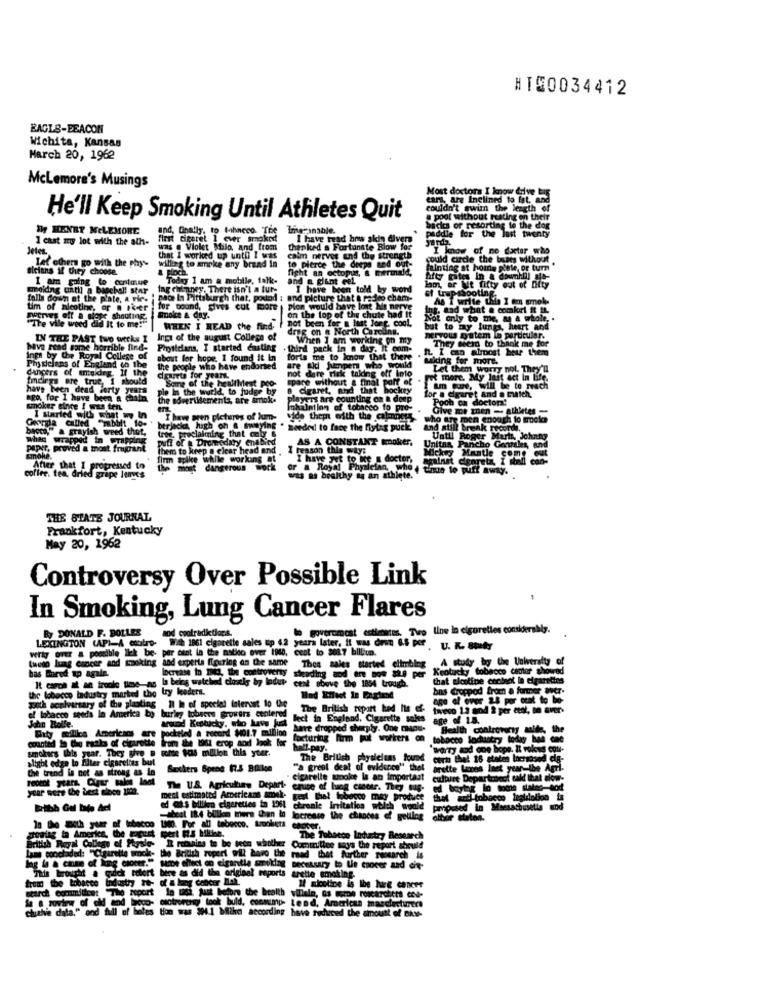
HT50034412
EAGLE-BEACON
Wichita, Kansas
March 20, 1962
McLemore's Musings
Most doctors I know drive bar
cara, are Inclined to lat, and
couldn't swim the length of
He'll Keep Smoking Until Athletes Quit
@ pool without resting on their
Ty HENRY NELEMORE
und, finally, to fahneco. The
Imaginable.
backs or resorting to the dog
1 cast a lot with the ath-
aret 1 ever smoked
I have read how skin divers
paddle for the last twenty
Jeten
was . Violet Milo, and from
thanked a Fortunate Blow for
I know of no doctor who
that I worked up until I was
calm nerves and the strength
could cirde the buses without
aicians if they choose.
Let others go with the phy-
willing to smoke any brand In
a pinch
fight an octopus, & mermale,
to pierce the deeps and out-
fainting at home plate, or turn
I am going to conimue
Today I am a mobile, falk-
and a giant Gel
molding until a baschall star
Ing chimney, There isn't a ture
I have been told by word
lam, or Me fifty out of Diity
sf trupshooting.
folla down at the plate, a vie. I nace In Pittsburgh that, pound : and picture that a rad
& racico cham-
As I write this I am smok-
tim of nicotine, or a sker for pound, gives cut more
Pion would have lost his nerve
Int. and what a momkri #t IL
"The vile weed did It to me:"
poerves off a slope shouting
EDolce & day.
not been for & laat Jong, cool.
on the top of the chute had It
Noi only to me, a a whole. .
WHEN I READ the find-
drog on & North Carcans.
but to may lungs, heart and
IN THE PAST two weeks I Ings of the august College of
When I am working on my
nervous system in particular.
They meer to thank me for
have read same horrible find-
Physidans, I started Casting
. third pack in a day. it com-
n. I can almost hear them
Inpi by the Royal College of
about for hope, I found it In
forts me to know that there
Maidng for more.
cancers of ameideg. If the
Physicians of England to the
the people who have endorsed
are Ald jumper who would
not dare risk taking off into
Let them worry hol. They'n
findings are true, i should
courts for years.
Some of the healthiest pro-
spare without & final part of
Fot more. My Init act in Life.
have been dead ierty years
pie in the world, to judge by
B cigaret, and that hockey
I Am sure, will be to reach
for a cigaret and a match.
ago, for I have been a chain.
the advertisementa, are smok.
you are counting on a deep
Pooh cn doctor!
smoker since I was ten.
talation of tobacco fo pro-
Give me men - athletes -
I started with what we In
Carla called "mbblt lo- '
I haw sten pictures of lum-
vide them with the calmness
who are men enough to trocken
bacco," a grayish weed thot,
berjacka high on @ swaying .
trte. proclaiming that only &
needed to face the flying puck
and still break records.
whig wrapped in wrapping
puff of . Dromedary enabird
AS A CONSTANT Broker,
Until Roger Marta, Johnny
paper, proved a tnost fragrant
mohe.
them to keep @ clear head and
I reason this way:
Unitas, Pancho Gentiles, and
firm spike while working at
I have yet to be a doctor,
against cienreta, I stadi con-
key Mantle come out
After that I progressed to
the most dangerous work
or a Royal Physician, who , tinus to puff away.
coffee, tea, dried grape lenyes
was as healthy aa an athlete.
THE STATE JOURNAL.
Frankfort, Kentucky
May 20, 1962
Controversy Over Possible Link
In Smoking, Lung Cancer Flares
Ry DONALD F. BOLLES
aod cootraditions.
lo goveromost estimates. Tire line la elgorettes considerably.
LEXINGTON (AP)-A contro-
With 1961 cigarette sales up 62 years later, it was dron 6.5 per
per cent la the notico over 1960, ceat to 288.7 billion.
PF. U. K. BAY
lung cancer and smoking and experta fiocring on the same Thos sales started climbing A study by the University of
le llek be-
bas Fired up again.
Increase in 1543, the controversy
Kentucky tobacco cantar showed
la being watched closely by ladur cent above the 1834 trough.
that elcotine cooleot In cigarettes
the tobacco ladustry marked the try leeders.
It caron at an troole time-As
cent above the 1834 trough.
bas Croppod from a former Wer.
age of over 28 por ctat to be-
of tobacco seeds In America by
Il ha of special interest to the
The British report had Ils of- tweeco 13 mnd 2 per ctol, on aver-
tobrons growers centered
lect in England, Cigarette sales
age of 1.5.
John Bolle.
Saty mollies Americans are
wood Kentucky, who kewe bal
have dropped sharply. One mnou-
Health controversy side, the
counted In Chau rasta of cigarette
from the 1961 erop and look for
forturing Firm put workers on tobacco lodustry today bah
smokers this year. They give @ corde Has million this year.
hall.pay.
Worry and one hope. IL volows cou-
alight edge lo filer cigarettes but
The British physicians found
certi thal 16 states lochoseà cia-
the trend is not as strong as in
Brothers Spend (2.3 Billion
"a great deal of evidence" that
breite Les Inet year-the Agri-
recent years. Cigar salme loot
cigarelle wnoke la an important culture Department sald lib
year were the best since 1122.
The U.S. Agriculiny Depart-
cruce of luog casotr. They us- ed boyta lo tode states-hod
meci estimated Americans amek-
gesl Chel lobacon mey produce thel and tobacco leglilolion ta
ed et's billlien cigarettes in 198
chronle Irritation which would
proposed in Massachusetts mod
abesl I8.4 billion mers than In lacrosse the chances of gelilog
In the Both year of tobacco 1940. For all tebocco. troolera
toging ta America, the Foguet
caoper
British Royal College of Physle- R remains to be teen whother
The Tobacco Indhartry Research
Commillee says the report should
Lam conchaded: "Cigarette smoke- the British repert will have the raad that further research is
lag le & case of king caover." same effect on eigantie smoking necessary to the cover and cie-
This brought a godck rofort bere es did the original reports
arette smoking.
from the tobacco industry re- of & lung cancer Mak.
Il nicotine is the lung cancer
search commmiles: "The report In wigi. just before the health villain, as serne roscarchets cou-
la & nowview of old and bogo- msotrorers took buld, conmumy- Lend, American masslecturers
cluthe data." and full of boles tion was 394 .1 bilthe according have reduced the amount of Bit-